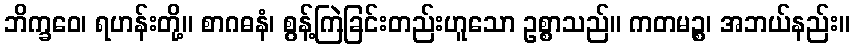
ဘိက္ခဝေ၊ ရဟန်းတို့။ စာဂဓနံ၊ စွန့်ကြဲခြင်းတည်းဟူသော ဥစ္စာသည်။ ကတမဉ္စ၊ အဘယ်နည်း။